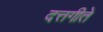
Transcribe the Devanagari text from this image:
दत्तगीते